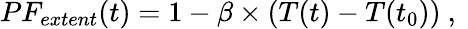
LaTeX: \begin{array}{r}{PF_{extent}(t)=1-\beta\times(T(t)-T(t_{0}))\mathrm{~,~}}\end{array}